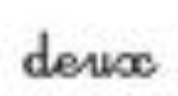
deux